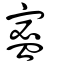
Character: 䀄